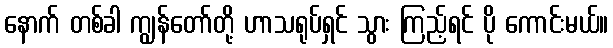
နောက် တစ်ခါ ကျွန်တော်တို့ ဟာသရုပ်ရှင် သွား ကြည့်ရင် ပို ကောင်းမယ်။